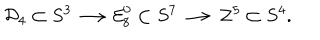
LaTeX: { \cal D } _ { 4 } \subset S ^ { 3 } \longrightarrow { \cal E } _ { 8 } ^ { 0 } \subset S ^ { 7 } \longrightarrow { \cal Z } ^ { 5 } \subset S ^ { 4 } .